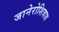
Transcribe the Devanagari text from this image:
जानेरोशिवाय